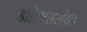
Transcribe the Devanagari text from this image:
इतिहाससंग्रह